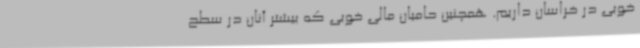
خوبی در خراسان داریم. همچنین حامیان مالی خوبی که بیشتر آنان در سطح